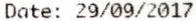
DATE: 29/09/2017